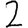
Digit: 2